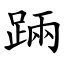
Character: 䠃